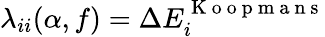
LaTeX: \lambda_{ii}(\alpha,f)=\Delta E_{i}^{\mathrm{~K~o~o~p~m~a~n~s~}}